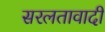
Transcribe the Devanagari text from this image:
सरलतावादी